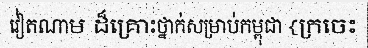
វៀតណាម ដ៏គ្រោះថ្នាក់សម្រាប់កម្ពុជា {ក្រចេះ